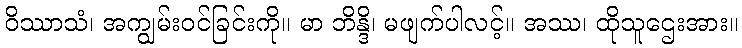
ဝိဿာသံ၊ အကျွမ်းဝင်ခြင်းကို။ မာ ဘိန္ဒိ၊ မဖျက်ပါလင့်။ အဿ၊ ထိုသူဌေးအား။